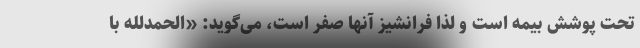
تحت پوشش بیمه است و لذا فرانشیز آنها صفر است، می‌گوید: «الحمدلله با